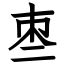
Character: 𠄬